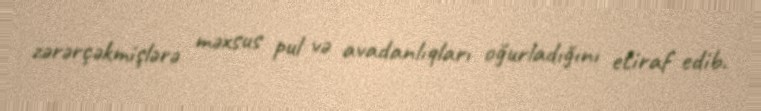
zərərçəkmişlərə məxsus pul və avadanlıqları oğurladığını etiraf edib.